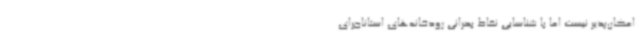
امکان‌پذیر نیست اما با شناسایی نقاط بحرانی رودخانه‌های استاناجرای